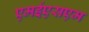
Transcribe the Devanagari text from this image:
एमईएसएम